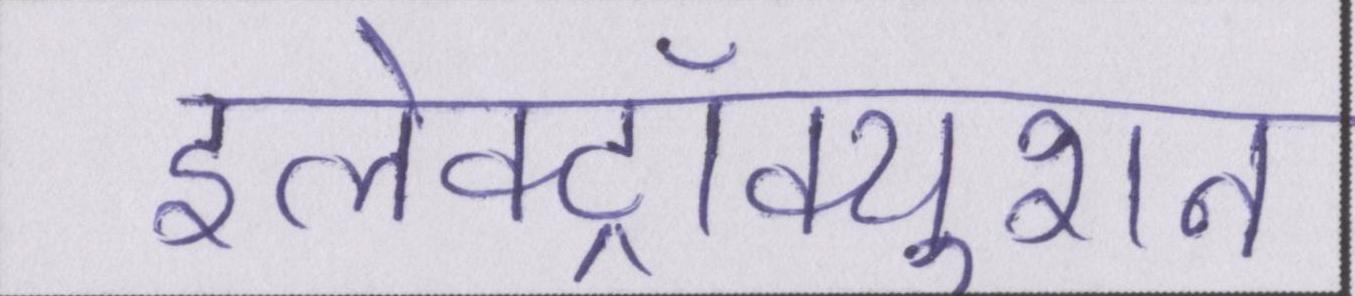
इलेक्ट्रॉक्युशन